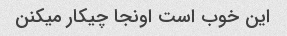
این خوب است اونجا چیکار میکنن